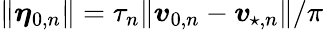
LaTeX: \lVert\boldsymbol{\eta}_{0,n}\rVert=\tau_{n}\lVert\boldsymbol{v}_{0,n}-\boldsymbol{v}_{\! \; \! \star,n}\rVert/\pi